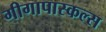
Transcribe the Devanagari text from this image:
गीगापास्कल्स